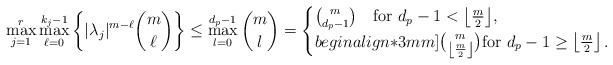
LaTeX: \begin{align*}\max_{j=1}^r \max_{\ell=0}^{k_j-1} \left\{ |\lambda_j|^{m-\ell} {m\choose \ell} \right\} \leq \max_{l=0}^{d_p - 1} {m\choose l} = \begin{cases}{m\choose d_p-1} \quad\text{for $d_p -1 < \left\lfloor\frac{m}{2}\right\rfloor$}, \\begin{align*}3mm] {m \choose \left\lfloor\frac{m}{2}\right\rfloor} \text{for $d_p -1 \geq \left\lfloor\frac{m}{2}\right\rfloor.$} \end{cases}\end{align*}